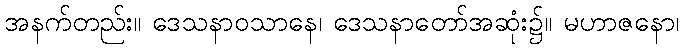
အနက်တည်း။ ဒေသနာဝသာနေ၊ ဒေသနာတော်အဆုံး၌။ မဟာဇနော၊